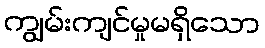
ကျွမ်းကျင်မှုမရှိသော